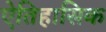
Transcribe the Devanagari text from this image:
ऐतिहासिक